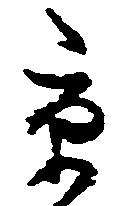
京